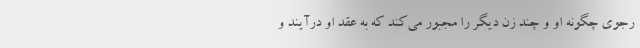
رجوی چگونه او و چند زن دیگر را مجبور می‌کند که به عقد او درآیند و